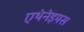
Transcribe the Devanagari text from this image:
एथेनेइयस